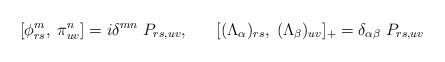
LaTeX: \begin{align*}[\phi^{m}_{rs},\;\pi^{n}_{uv}] = i \delta^{mn} \;P_{rs,uv},\;\;\;\;\;\;[(\Lambda_{\alpha})_{rs},\; (\Lambda_{\beta})_{uv}]_{+} = \delta_{\alpha \beta} \; P_{rs,uv}\end{align*}